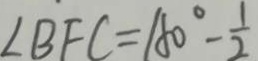
\angle B F C = 1 8 0 ^ { \circ } - \frac { 1 } { 2 }